Madras plague regulations in force outside the Presidency town - Volume 1
Disease focus: Plague
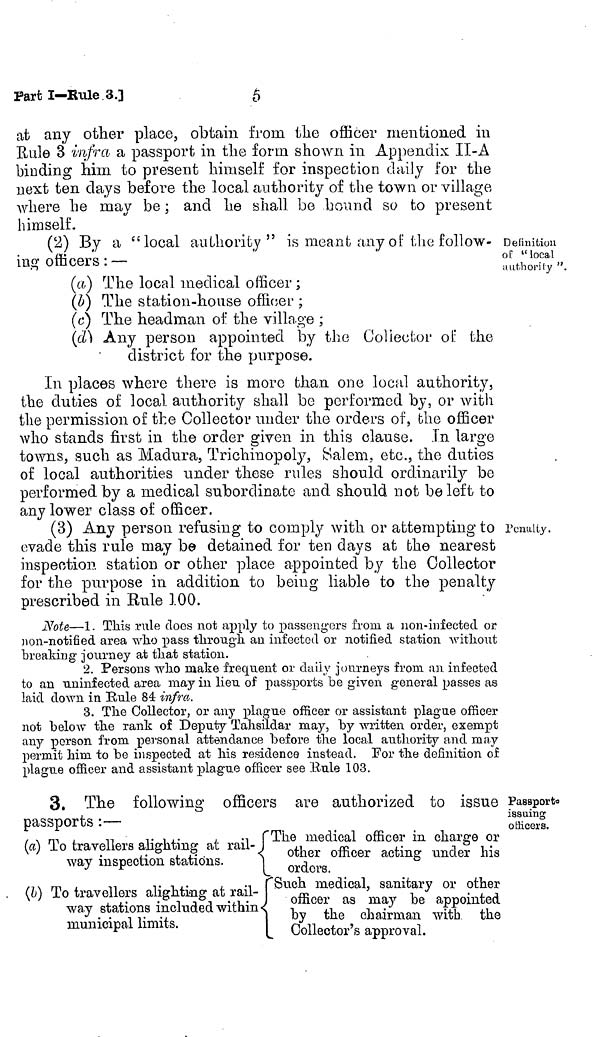
5
Part I—Rule 3.]
at any other place, obtain from the officer mentioned in
Rule 3 infra a passport in the form shown in Appendix II-A
binding him to present himself for inspection daily for the
next ten clays before the local authority of the town or village
where he may be ; and he shall be bound so to present
himself.
Definition
of "local
authority ".
(2) By a "local authority" is meant any of the follow-
ing officers : —
(a) The local medical officer ;
(b) The station-house officer ;
(c) The headman of the village ;
(d) Any person appointed by the Collector of the
district for the purpose.
In places where there is more than one local authority,
the duties of local authority shall be performed by, or with
the permission of the Collector under the orders of, the officer
who stands first in the order given in this clause, .in large
towns, such as Madura, Trichinopoly, Salem, etc., the duties
of local authorities under these rules should ordinarily be
performed by a medical subordinate and should not be left to
any lower class of officer.
Penally.
(3) Any person refusing to comply with or attempting to
evade this rule may be detained for ten days at the nearest
inspection station or other place appointed by the Collector
for the purpose in addition to being liable to the penalty
prescribed in Rule 1.00.
Note—1. This rule does not apply to passengers from a non-infected or
non-notified area who pass through an infected or notified station without
breaking journey at that station.
2. Persons who make frequent or daily journeys from, an infected
to an uninf ected area may in lieu of passports be given general passes as
laid down in Eule 84 infra.
3. The Collector, or any plague officer or assistant plague officer
not below the rank of Deputy Tahsildar may, by written order, exempt
any person from personal attendance before the local authority and may
permit him to be inspected at his residence instead. For the definition of
plague officer and assistant plague officer see Rule 103.
Passport
issuing
officers.
3, The following officers are authorized to issue
passports :—
(a) To travellers alighting at rail-
way inspection stations.
(b) To travellers alighting at rail-
way stations included within
municipal limits.
;
The medical officer in charge or
other officer acting under his
orders.
uSuch medical, sanitary or other
officer as may be appointed
by the chairman with the
Collector's approval.